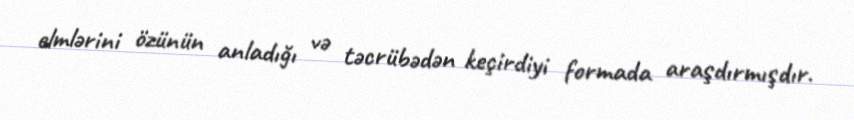
elmlərini özünün anladığı və təcrübədən keçirdiyi formada araşdırmışdır.